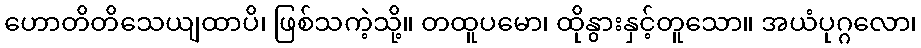
ဟောတိတိသေယျထာပိ၊ ဖြစ်သကဲ့သို့။ တထူပမော၊ ထိုနွားနှင့်တူသော။ အယံပုဂ္ဂလော၊